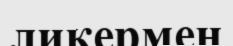
ликермен